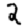
Digit: 2